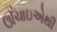
ઊઁચાઇએથી